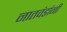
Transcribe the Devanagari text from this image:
नातवंडांनी